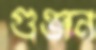
গুঞ্জন